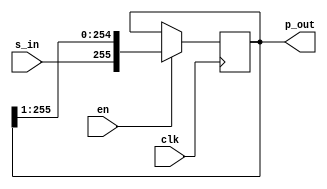
module shiftReg(
    input clk,
    input s_in,
    input en,
    output reg [255:0] p_out
    );
    
    reg [7:0] counter;
    
    always@(posedge clk) begin
        if (en)
            p_out <= {s_in,p_out[255:1]};
    end
        
endmodule